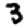
Digit: 3